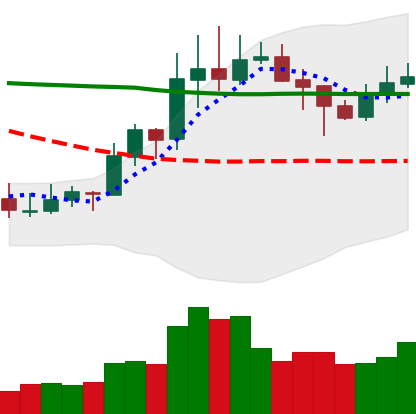
Ticker: XLM-USD
Chart end date: 2020-01-28
Forward return: 5.081%
Label: up_5_7